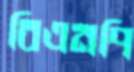
বিএনপি